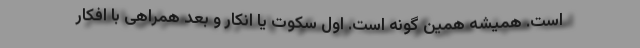
است. همیشه همین گونه است. اول سکوت یا انکار و بعد همراهی با افکار